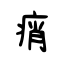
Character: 痟